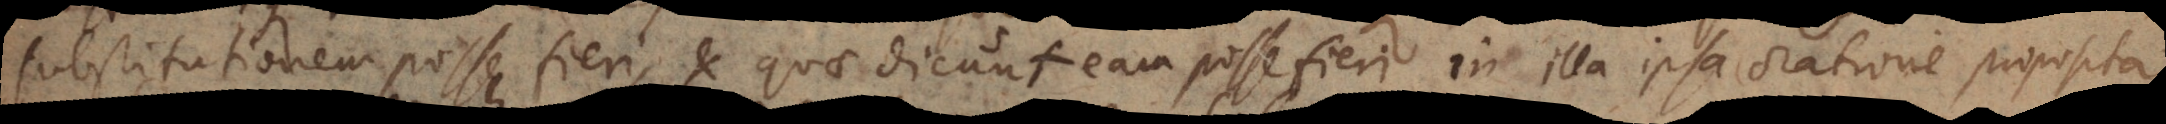
substitutionem posse fieri, et quae dicunt eam posse fieri in illa ipsa oratione proposita.